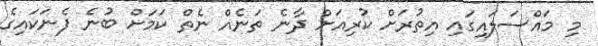
މި މައްސަލައިގައި އިތުރަށް ކުރިއަށް ދާނެ ތަނެއް ނެތް ކަމަށް ބުނެ ފެނަކައިގެ